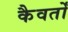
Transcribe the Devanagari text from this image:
कैवर्तों